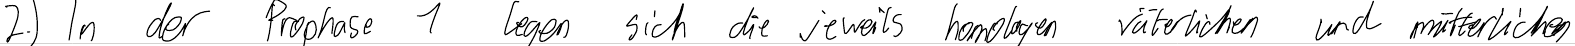
2.) In der Prophase 1 legen sich die jeweils homologen väterlichen und mütterlichen